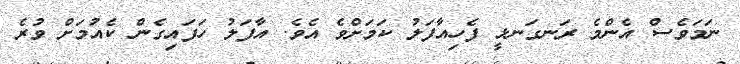
ނަމަވެސް އެންމެ ރަނގަނޅީ ފެހިއާފަލު ކަމަށްވެ އެވެ. އާފަލު ހަފައިގެން ކެއުމަށް ވުރެ